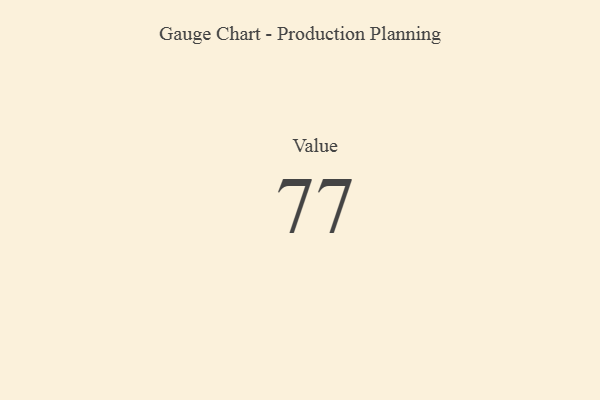
{"axis": {"x": "Metric", "y": "Value"}, "legend": [""], "data": [{"x": "Value", "y": 77, "type": ""}]}